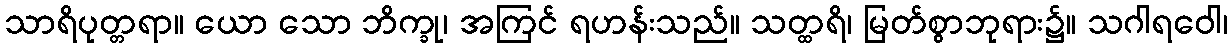
သာရိပုတ္တရာ။ ယော သော ဘိက္ခု၊ အကြင် ရဟန်းသည်။ သတ္ထရိ၊ မြတ်စွာဘုရား၌။ သဂါရဝေါ၊